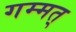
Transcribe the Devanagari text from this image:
गम्मत्